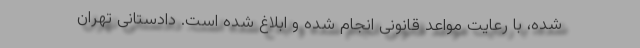
شده، با رعایت مواعد قانونی انجام شده و ابلاغ شده است. دادستانی تهران